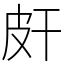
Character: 皯